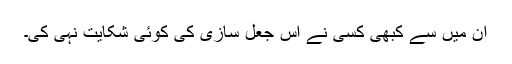
ان میں سے کبھی کسی نے اس جعل سازی کی کوئی شکایت نہی کی۔